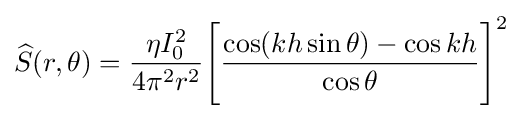
{\widehat {S}}(r,\theta )={\eta I_{\text{0}}^{2} \over 4\pi ^{2}r^{2}}{\Bigg [}{\cos(kh\sin \theta )-\cos kh \over \cos \theta }{\Bigg ]}^{2}